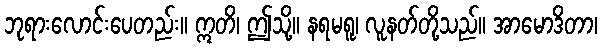
ဘုရားလောင်းပေတည်း။ ဣတိ၊ ဤသို့။ နရမရူ၊ လူနတ်တို့သည်။ အာမောဒိတာ၊